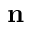
\mathbf { n }